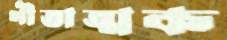
গীতাত্মক